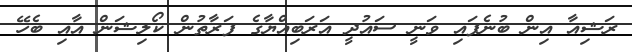
ރަޝިއާ އިން ބުނެފައި ވަނީ ސައުދީ އަރަބިއްޔާގެ ފަރާތުން ކޯލިޝަން އާއި ބެހޭ